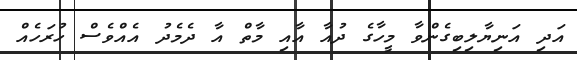
އަދި އަނިޔާލިބިގެންވާ މީހާގެ ދުއާ އާއި މާތް އާ ދެމެދު އެއްވެސް ހުރަހެއް